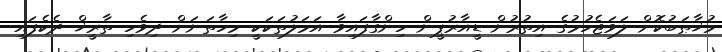
މުޚާޠަބުކޮށް ލަވަޖެހުމުގެ އިތުރުން ޑީއާރުޕީން ހިންގާފައިވާ އަމަލުތަކަކީ މިހާތަނަށް ދިވެހި ތާރީޚް ދެކެފައި